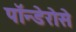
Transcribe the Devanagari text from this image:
पॉन्डेरोसे